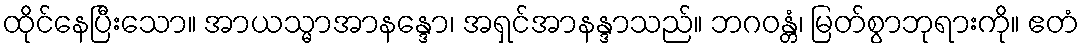
ထိုင်နေပြီးသော။ အာယသ္မာအာနန္ဒော၊ အရှင်အာနန္ဒာသည်။ ဘဂဝန္တံ၊ မြတ်စွာဘုရားကို။ ဧတံ